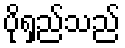
ပိုရှည်သည်